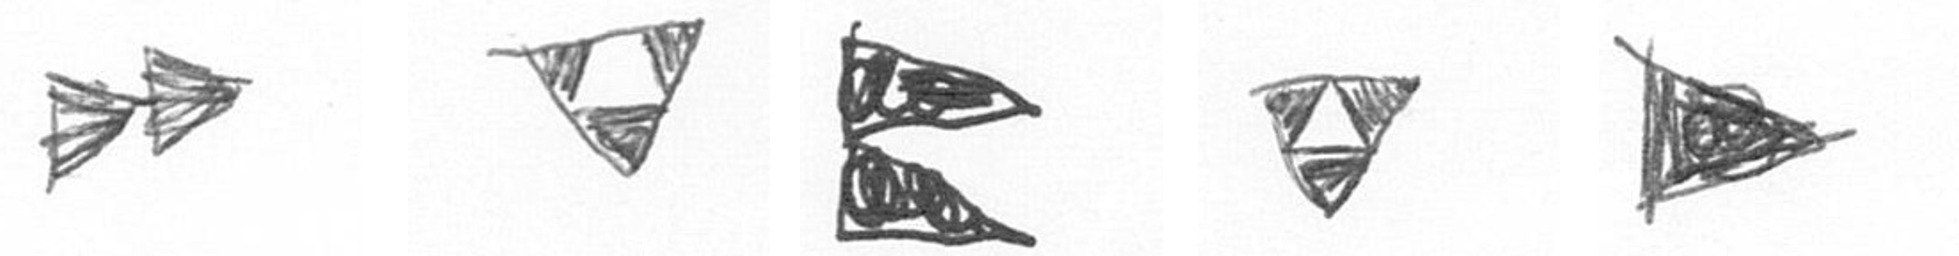
A S P S T